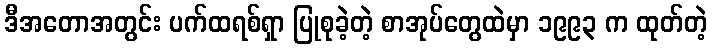
ဒီအတောအတွင်း ပက်ထရစ်ရှာ ပြုစုခဲ့တဲ့ စာအုပ်တွေထဲမှာ ၁၉၉၃ က ထုတ်တဲ့